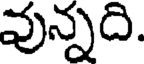
వున్నది.